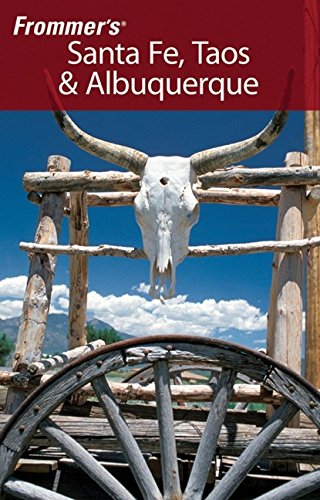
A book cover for Frommer's Santa Fe, Taos & Albuquerque (Frommer's Complete Guides); Lesley S. King; Travel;